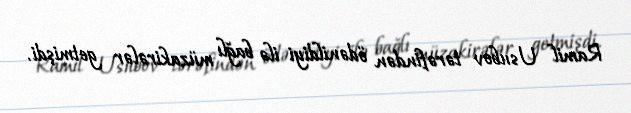
Ramil Usubov tərəfindən ödənildiyi ilə bağlı müzakirələr getmişdi.